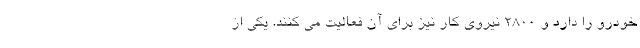
خودرو را دارد و 2800 نیروی کار نیز برای آن فعالیت می کنند. یکی از